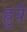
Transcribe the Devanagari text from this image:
ह्रुये